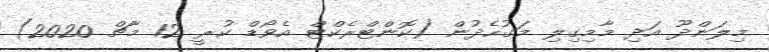
މިލަންދޫ އަދި މާމިގިލި މަގުހެދުން (ކޮންޓްރެކްޓް އެވޯޑް ކުރީ 12 މާޗް 2020)